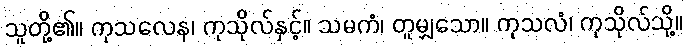
သူတို့၏။ ကုသလေန၊ ကုသိုလ်နှင့်။ သမကံ၊ တူမျှသော။ ကုသလံ၊ ကုသိုလ်သို့။